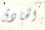
الخنادق